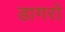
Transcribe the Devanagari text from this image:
डागरो